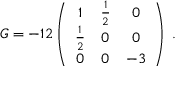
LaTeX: G = - 1 2 \left( \begin{array} { c c c } { { 1 } } & { { \frac { 1 } { 2 } } } & { { 0 } } \\ { { \frac { 1 } { 2 } } } & { { 0 } } & { { 0 } } \\ { { 0 } } & { { 0 } } & { { - 3 } } \end{array} \right) \; .